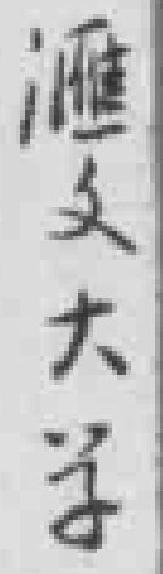
滙文大学